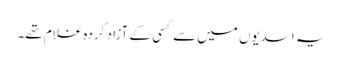
یہ اسدیوں میں سے کسی کے آزاد کردہ غلام تھے۔